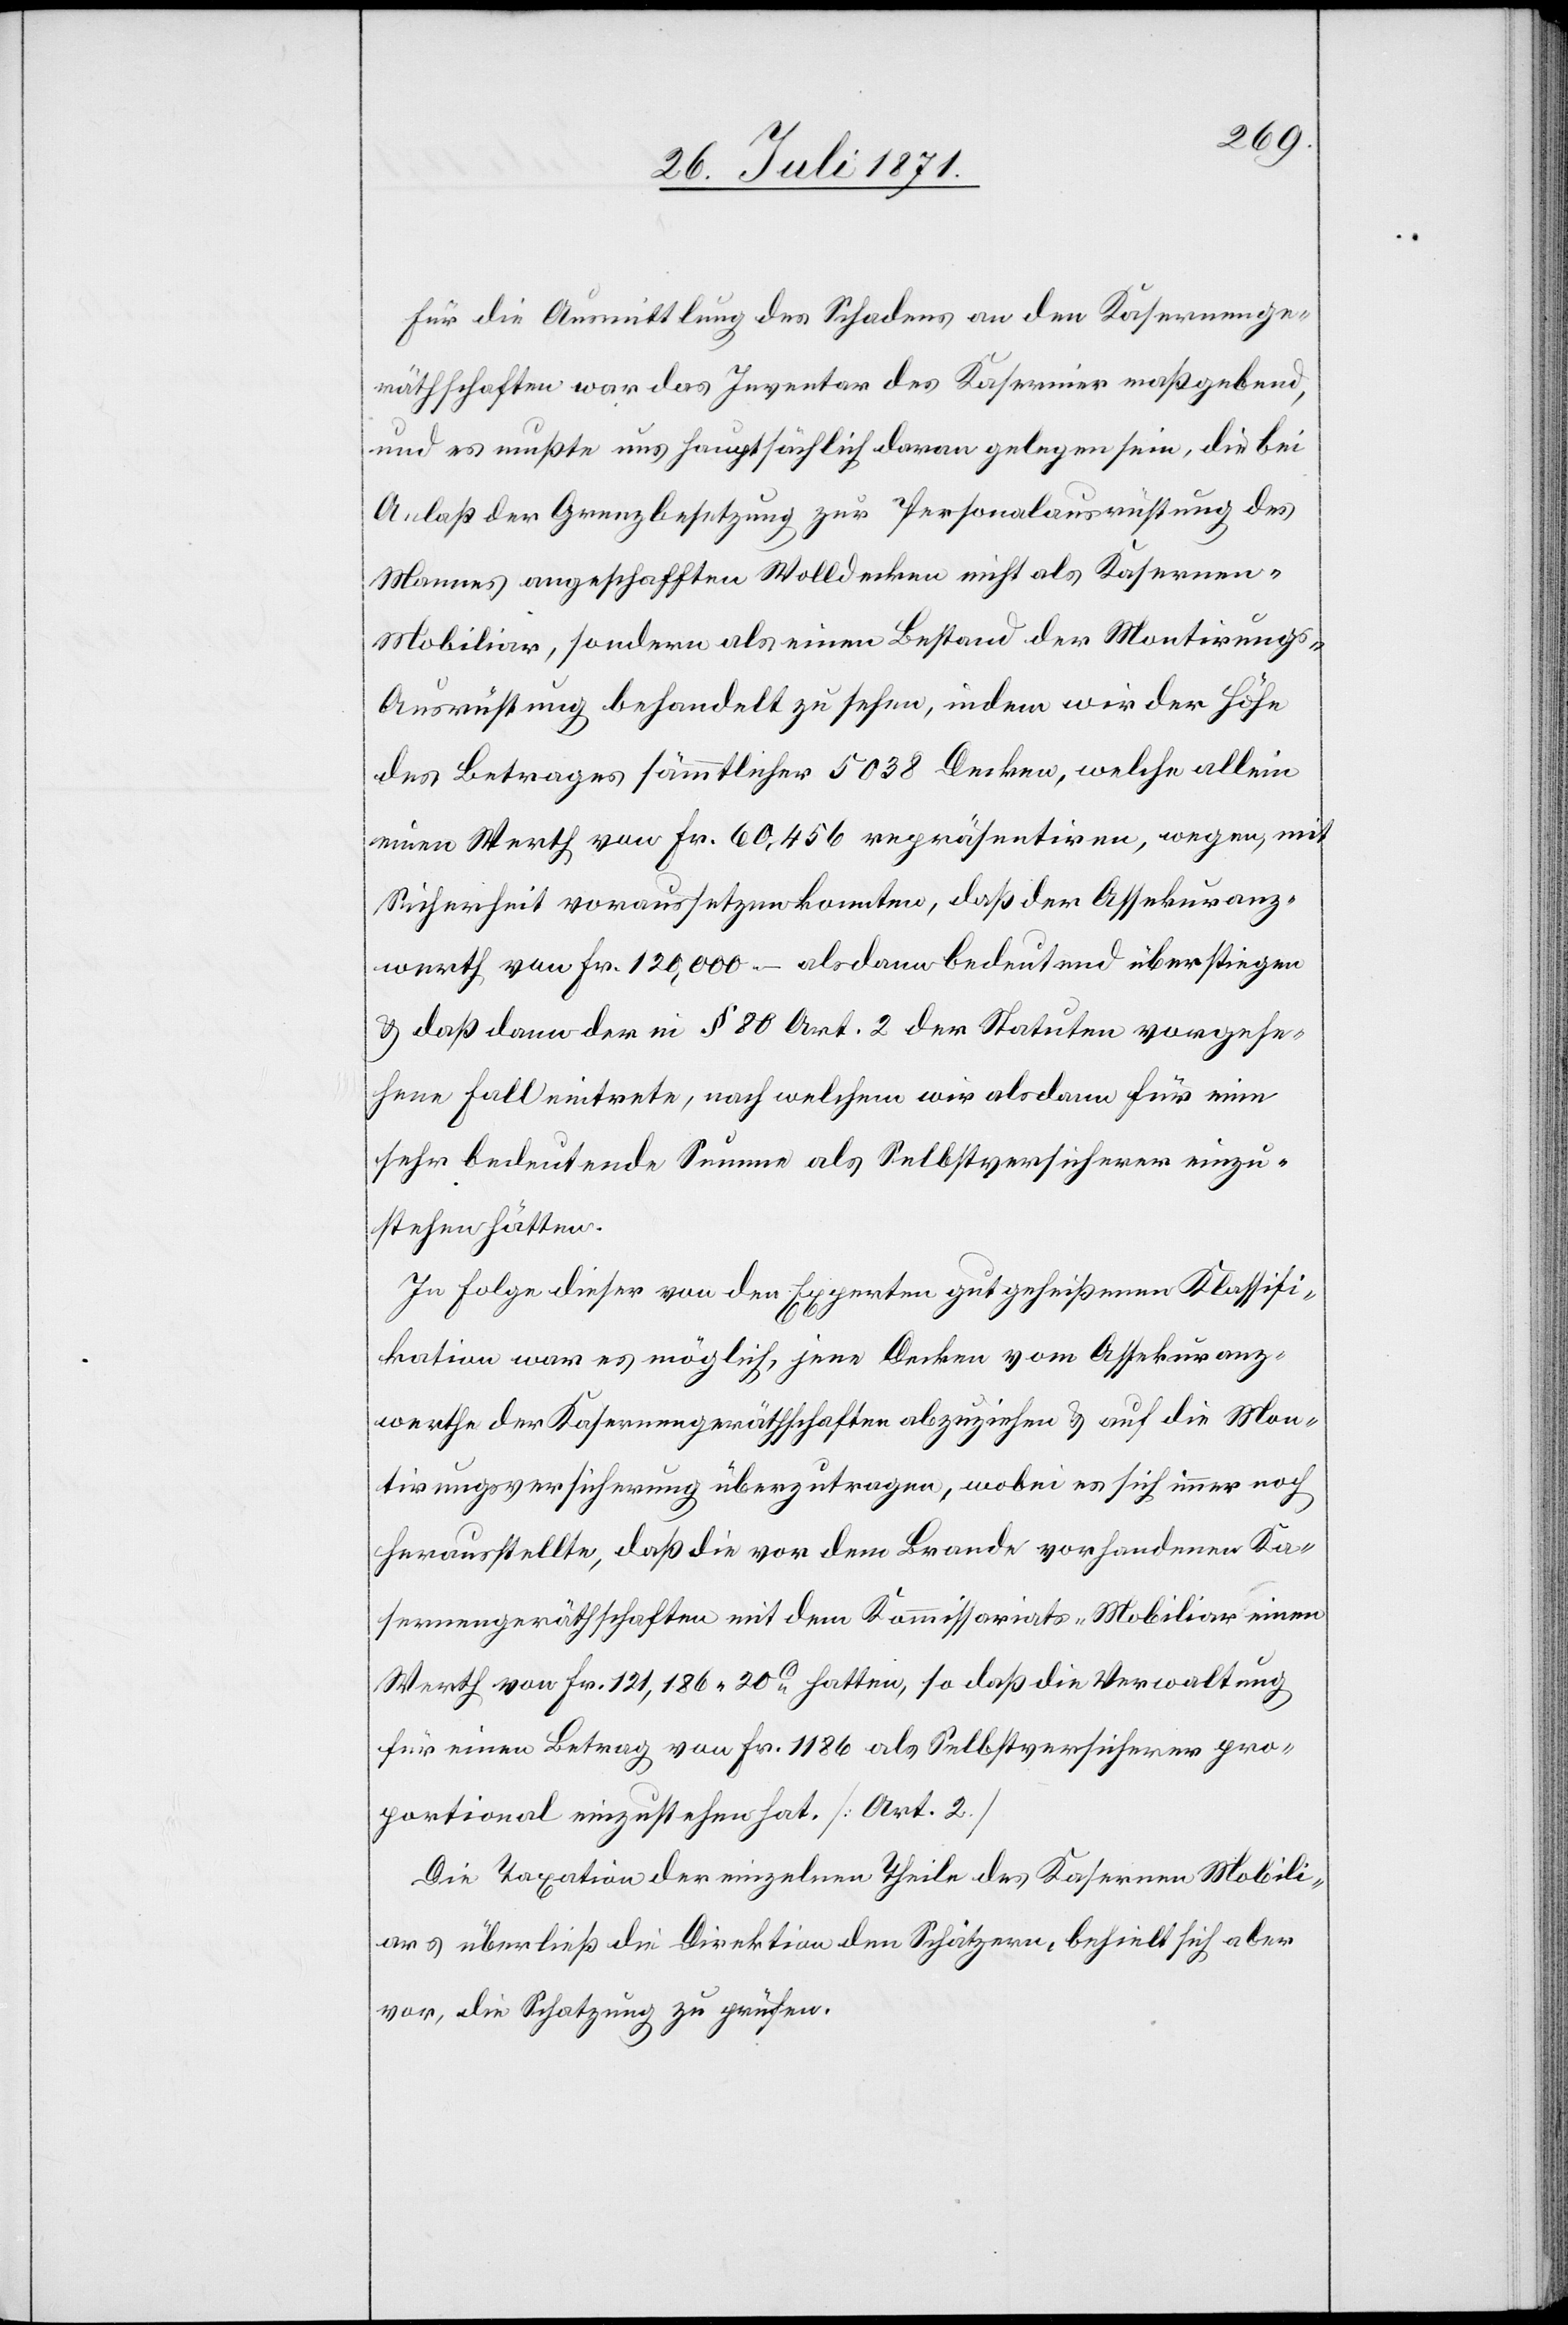
Für die Ausmittlung des Schadens an den Kasernenge¬
räthschaften war das Inventar des Kasernier maßgebend,
und es mußte uns hauptsächlich daran gelegen sein, die bei
Anlaß der Grenzbesetzung zur Personalausrüstung des
Mannes angeschafften Wolldecken nicht als Kasernen-M¬
obiliar, sondern als einen Bestand der Montirung¬
s-Ausrüstung behandelt zu sehen, indem wir der Höhe
des Betrages sämmtlicher 5038 Decken, welche allein
einen Werth von Fr. 60,456 repräsentiren, wegen, mit
Sicherheit voraussetzen konnten, daß der Assekuranz¬
werth von Fr. 120,000.– als dann bedeutend überstiegen
u. daß dann der in § 80 Art. 2 der Statuten vorgese¬
hene Fall eintrete, nach welchem wir alsdann für eine
sehr bedeutende Summe als Selbstversicherer einzu¬
stehen hätten.
In Folge dieser von den Experten gutgeheißenen Klassifi¬
kation war es möglich, jene Decken vom Assekuranz¬
werthe der Kasernengeräthschaften abzuziehen u. auf die Mon¬
tirungsversicherung überzutragen, wobei es sich immer noch
herausstellte, daß die vor dem Brande vorhandenen Ka¬
sernengeräthschaften mit dem Kommissariats-Mobiliar einen
Werth von Fr. 121.186.20c. hatten, so daß die Verwaltung
für einen Betrag von Fr. 1186 als Selbstversicherer pro¬
portional einzustehen hat. [Art. 2]
Die Taxation der einzelnen Theile des Kasernen Mobili¬
ars überließ die Direktion den Schätzern, behielt sich aber
vor, die Schatzung zu prüfen.